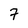
Character: 7